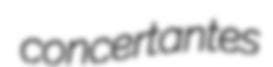
concertantes